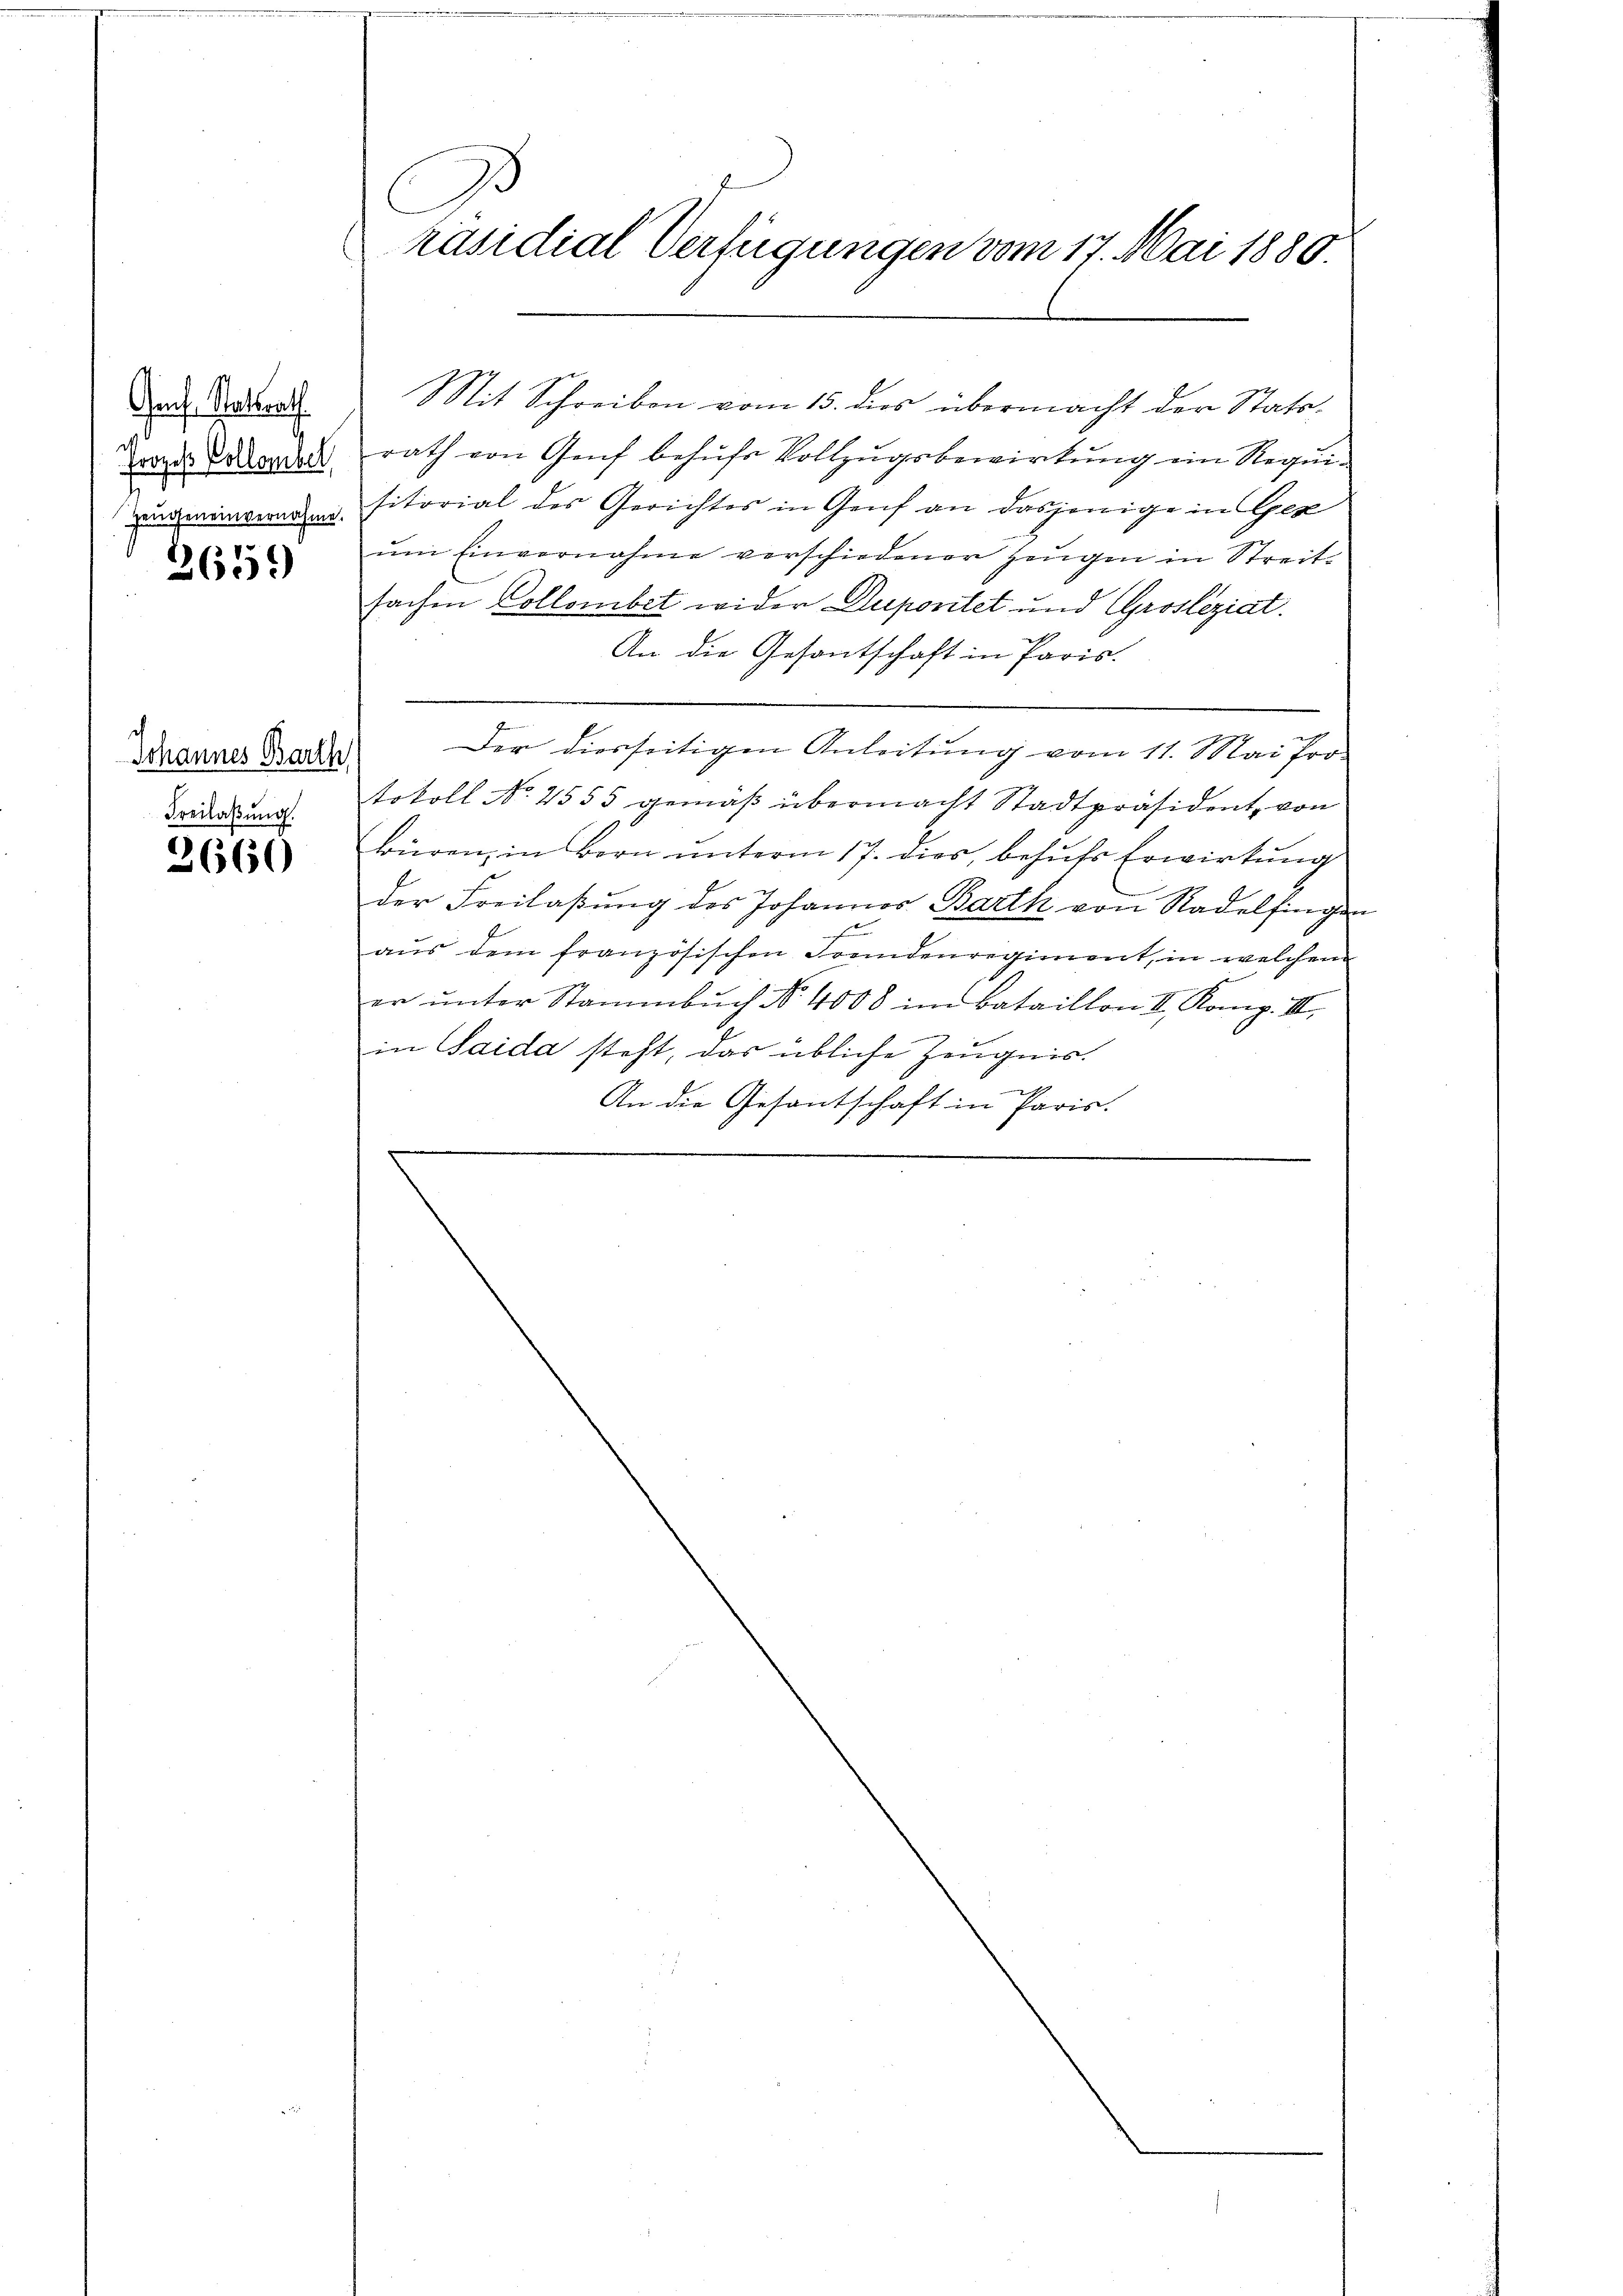
Gf. Statsrath
frozess Collonibel

265)

Johannes Barth
Freilassung.

3660

Ju
C
räsidial Verfügungen vom 17. Mai 1880.

rath von Genf behufs Vollzugsbewirkung ein Requidwingerade sitorial des Gerichtes in Genf an dasjenige in Ger
ŭm Einvernahme verschiedener Zeugen in Streit-
sachen Collombet wider Duporitet und Grosleziat.
An die Gesantschaft in Paris.
Der diesseitigen Anleitung vom 11. Mai fro
tokoll No 4555 gemäß übermacht Stadtpräsident, von
büren, in Born unterm 17. dies, behufs Erwirkung
der Freilaßung des Johannes Barth von Radelfingen
aus dem französischen Fremdenregiment, in welchem
er ŭnter Stammbŭch No. 4008 im Bataillon II. Komp. III.
in Saida steht, das übliche Zeugnis.
.
An die Gesantschaft in Paris.
.

Mit Schreiben vom 15. dies übermacht der Statt¬